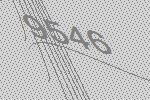
9546